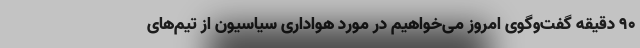
90 دقیقه گفت‌وگوی امروز می‌خواهیم در مورد هواداری سیاسیون از تیم‌های